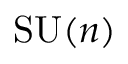
{ \mathrm { S U } } ( n )